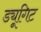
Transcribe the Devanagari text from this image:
ड्यूगिट